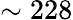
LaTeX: \sim 228